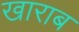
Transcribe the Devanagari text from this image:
खाराब